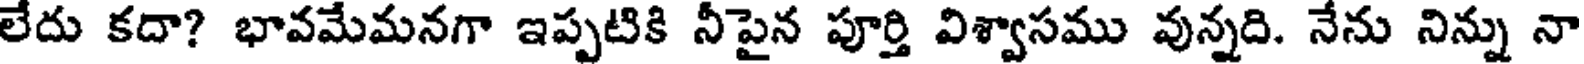
లేదు కదా? భావమేమనగా ఇప్పటికి నీపైన పూర్తి విశ్వాసము వున్నది. నేను నిన్ను నా